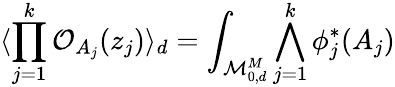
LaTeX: \langle\prod_{j=1}^{k}{\cal O}_{A_{j}}(z_{j})\rangle_{d}=\int_{{\cal M}_{0,d}^{M}}\bigwedge_{j=1}^{k}\phi_{j}^{*}(A_{j})